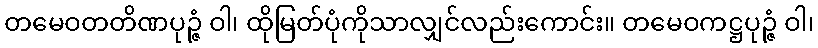
တမေဝတတိဏပုဉ္ဇံ ဝါ၊ ထိုမြတ်ပုံကိုသာလျှင်လည်းကောင်း။ တမေဝကဋ္ဌပုဉ္ဇံ ဝါ၊